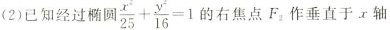
(2)已知经过椭圆 $$\frac { x ^ { 2 } } { 2 5 } + \frac { y ^ { 2 } } { 1 6 }= 1$$ 右焦点F_{2}作垂直于x轴